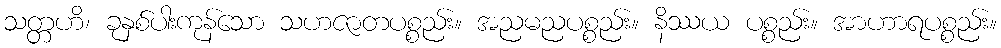
သတ္တဟိ၊ ခုနှစ်ပါးကုန်သော သဟဇာတပစ္စည်း။ အညမညပစ္စည်း။ နိဿယ ပစ္စည်း။ အာဟာရပစ္စည်း။